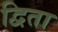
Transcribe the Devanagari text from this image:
द्विता